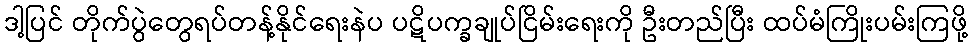
ဒါ့ပြင် တိုက်ပွဲတွေရပ်တန့်နိုင်ရေးနဲပ ပဋိပက္ခချုပ်ငြိမ်းရေးကို ဦးတည်ပြီး ထပ်မံကြိုးပမ်းကြဖို့